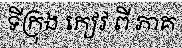
ទីក្រុង កៀវ ពី ភាគ